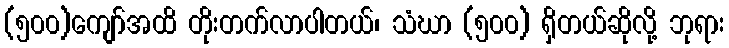
(၅၀၀)ကျော်အထိ တိုးတက်လာပါတယ်၊ သံဃာ (၅၀၀) ရှိတယ်ဆိုလို့ ဘုရား